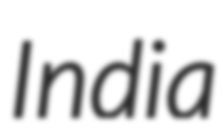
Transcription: India